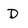
Character: D